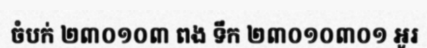
ចំបក់ ២៣០១០៣ ពង ទឹក ២៣០១០៣០១ អូរ